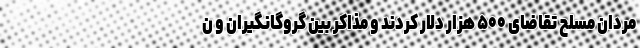
مردان مسلح تقاضای ۵۰۰ هزار دلار کردند و مذاکر بین گروگانگیران و ن